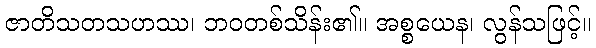
ဇာတိသတသဟဿ၊ ဘဝတစ်သိန်း၏။ အစ္စယေန၊ လွန်သဖြင့်။